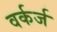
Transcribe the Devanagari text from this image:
वर्कर्ज